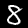
Label: 8